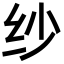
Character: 纱